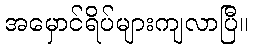
အမှောင်ရိပ်များကျလာပြီ။